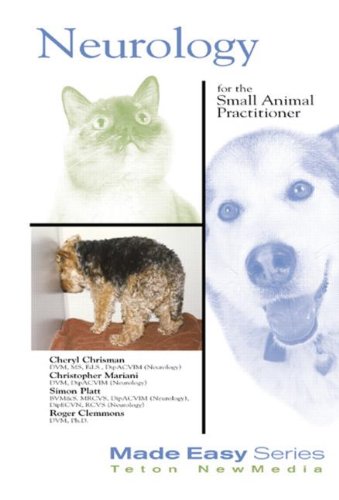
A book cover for Neurology for the Small Animal Practitioner (Made Easy Series); Cheryl Chrisman; Medical Books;